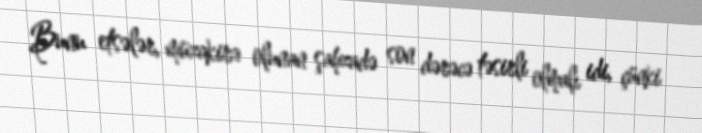
Bunu etsələr, müzakirə olunan şahzadə son dərəcə təsirli olmalı idi, çünki